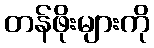
တန်ဖိုးများကို